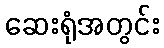
ဆေးရုံအတွင်း